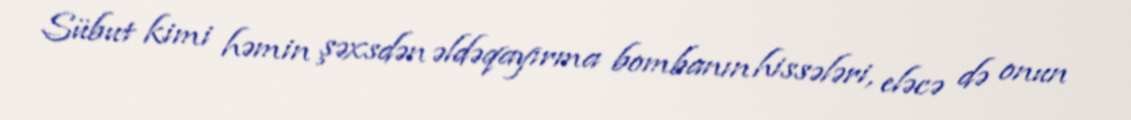
Sübut kimi həmin şəxsdən əldəqayırma bombanın hissələri, eləcə də onun